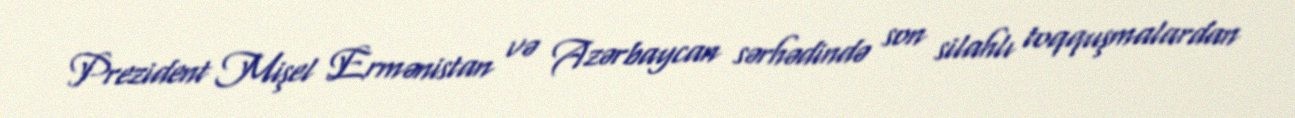
Prezident Mişel Ermənistan və Azərbaycan sərhədində son silahlı toqquşmalardan